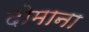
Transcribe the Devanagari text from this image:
दोमाना